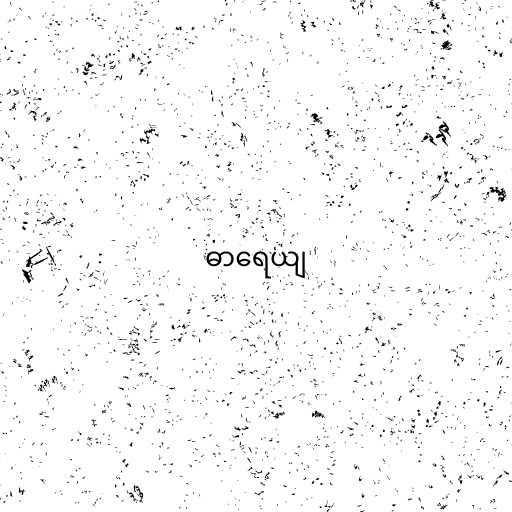
ဓာရေယျ